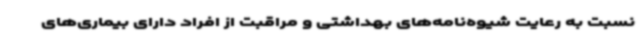
نسبت به رعایت شیوه‌نامه‌های بهداشتی و مراقبت از افراد دارای بیماری‌های